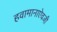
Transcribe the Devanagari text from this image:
हवामानाऐवजी